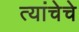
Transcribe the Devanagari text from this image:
त्यांचेचे